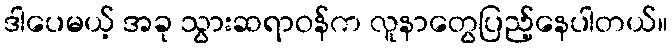
ဒါပေမယ့် အခု သွားဆရာဝန်က လူနာတွေပြည့်နေပါတယ်။